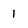
Character: 1